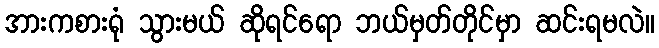
အားကစားရုံ သွားမယ် ဆိုရင်ရော ဘယ်မှတ်တိုင်မှာ ဆင်းရမလဲ။